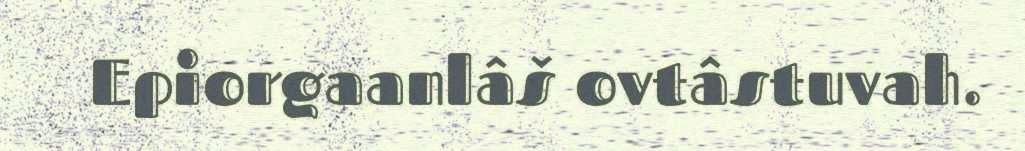
Epiorgaanlâš ovtâstuvah.